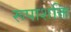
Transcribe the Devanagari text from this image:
रूपाशक्ति